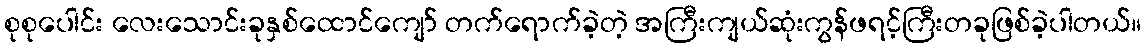
စုစုပေါင်း လေးသောင်းခုနှစ်ထောင်ကျော် တက်ရောက်ခဲ့တဲ့ အကြီးကျယ်ဆုံးကွန်ဖရင့်ကြီးတခုဖြစ်ခဲ့ပါတယ်။